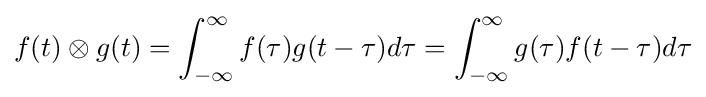
f(t)\otimes g(t)=\int _{-\infty }^{\infty }f(\tau )g(t-\tau )d\tau =\int _{-\infty }^{\infty }g(\tau )f(t-\tau )d\tau